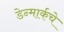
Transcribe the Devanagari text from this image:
डेन्मार्कचे